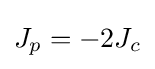
J_{p}=-2J_{c}